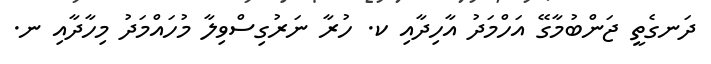
ދަނގެތީ ޖަންބުމާގޭ އަހްމަދު އާހިދާއި ކ. ހުރާ ނަރުގިސްވިލާ މުހައްމަދު މިހާދާއި ނ.